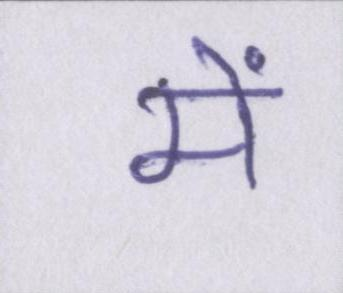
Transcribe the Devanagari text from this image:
में